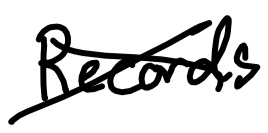
Text: Records
Cross-out: cross
Writing tool: digital_black